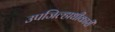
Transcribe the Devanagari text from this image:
उपजिल्हाधीकारी